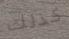
كذلك